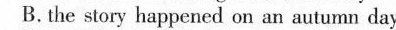
B.the story happened on an autumn day